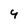
Character: 4